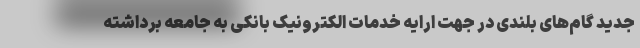
جدید گام‌های بلندی در جهت ارایه خدمات الکترونیک بانکی به جامعه برداشته